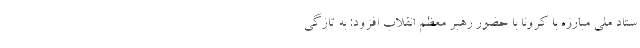
ستاد ملی مبارزه با کرونا با حضور رهبر معظم انقلاب افزود: به تازگی